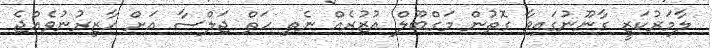
ލާމަރުކަޒީ ގާނޫނުގައިވާ ގޮތުން މަގްބޫލް އުޒުރެއް ނެތި ހަތް ޖަލްސާ އަށް ހާޒިރުނުވެއްޖެ